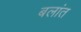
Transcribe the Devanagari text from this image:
बलांत